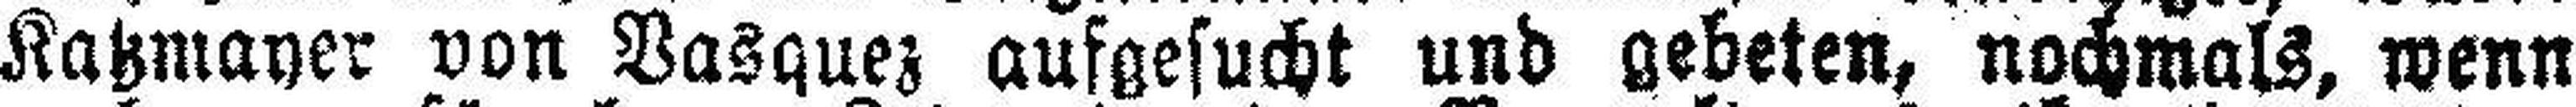
Katzmayer von Vasquez aufgesucht und gebeten, nochmals, wenn